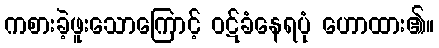
ကစားခဲ့ဖူးသောကြောင့် ဝဋ်ခံနေရပုံ ဟောထား၏။